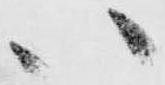
ハ